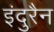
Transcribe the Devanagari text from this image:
इंदुरैन